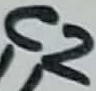
Text: C2